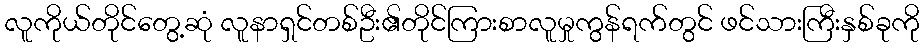
လူကိုယ်တိုင်တွေ့ဆုံ လူနာရှင်တစ်ဦး၏တိုင်ကြားစာလူမှုကွန်ရက်တွင် ဖင်သားကြီးနှစ်ခုကို